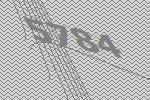
5784